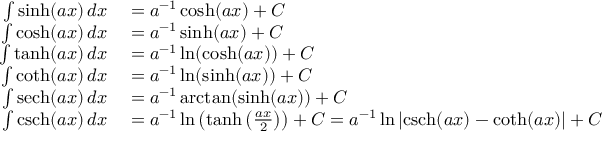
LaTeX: \begin{array} { r l } { \int \sinh ( a x ) \, d x } & { { } = a ^ { - 1 } \cosh ( a x ) + C } \\ { \int \cosh ( a x ) \, d x } & { { } = a ^ { - 1 } \sinh ( a x ) + C } \\ { \int \operatorname { t a n h } ( a x ) \, d x } & { { } = a ^ { - 1 } \ln ( \cosh ( a x ) ) + C } \\ { \int \coth ( a x ) \, d x } & { { } = a ^ { - 1 } \ln ( \sinh ( a x ) ) + C } \\ { \int \operatorname { s e c h } ( a x ) \, d x } & { { } = a ^ { - 1 } \arctan ( \sinh ( a x ) ) + C } \\ { \int \operatorname { c s c h } ( a x ) \, d x } & { { } = a ^ { - 1 } \ln \left( \operatorname { t a n h } \left( { \frac { a x } { 2 } } \right) \right) + C = a ^ { - 1 } \ln \left| \operatorname { c s c h } ( a x ) - \coth ( a x ) \right| + C } \end{array}